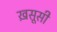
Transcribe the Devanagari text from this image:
ख़सूसी